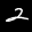
Label: 2